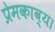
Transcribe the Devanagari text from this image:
प्रेमकाव्य।